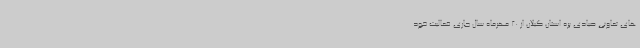
های تعاونی صیادی پره استان گیلان از 20 مهرماه سال جاری فعالیت خود